Code of medical and sanitary regulations for the guidance of medical officers serving in the Madras Presidency - Volume II
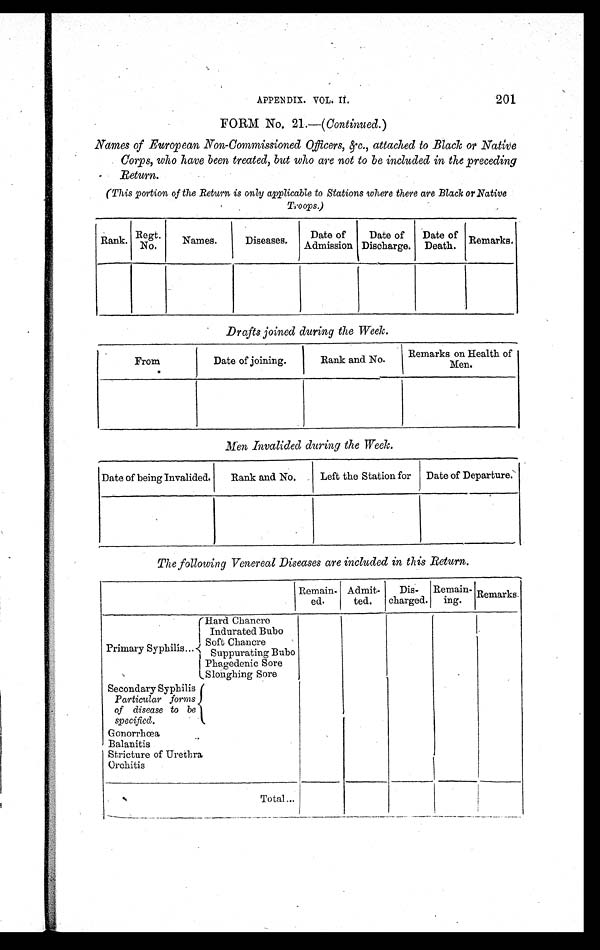
APPENDIX. VOL. II.
201
FORM No. 21.—( Continued. )
Names of European Non-Commissioned Officers, &c., attached to Black or Native
Corps, who have been treated, but who are not to be included in the preceding
Return.
(This portion of the Return is only applicable to Stations where there are Black or Native
Troops.)
Rank. Regt.
No.
Names.
Diseases.
Date of
Admission
Date of
Discharge.
Date of
Death. Remarks.
Drafts joined during the Week.
From
Date of joining.
Rank and No.
Remarks on Health of
Men.
Men Invalided during the Week.
Date of being Invalided.
Rank and No.
Left the Station for Date of Departure.
The following Venereal Diseases are included in this Return.
Remain-
ed.
Admit-
ted.
Dis-
charged.
Remain-
ing.
Remarks.
Primary Syphilis...
(Hard Chancre
Indurated Bubo
Soft Chancre
Suppurating Bubo
Phagedenic Sore
Sloughing Sore
Secondary Syphilis
Particular forms
of disease to be
specified.
Gonorrhœa
Balanitis
Stricture of Urethra
Orchitis
Total...